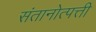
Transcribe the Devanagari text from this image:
संतानोत्पत्ती